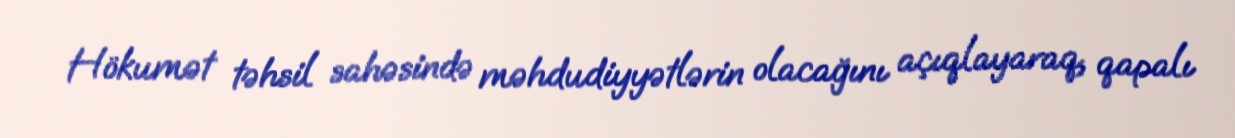
Hökumət təhsil sahəsində məhdudiyyətlərin olacağını açıqlayaraq, qapalı